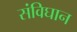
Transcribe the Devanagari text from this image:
संविघान